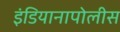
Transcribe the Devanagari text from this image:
इंडियानापोलीस